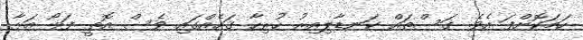
ހަމަކޮށްފަ އެވެ. ގަސްތައް ކަނޑާލިއިރު ހުރިހާ ގަހެއްގައި ވެސް އޮތީ ފަޅޯ އަޅާ